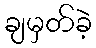
ချမှတ်ခဲ့